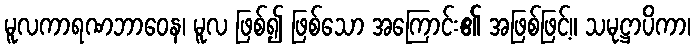
မူလကာရဏဘာဝေန၊ မူလ ဖြစ်၍ ဖြစ်သော အကြောင်း၏ အဖြစ်ဖြင့်။ သမုဋ္ဌာပိကာ၊